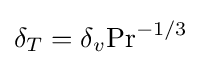
\delta _{T}=\delta _{v}\mathrm {Pr} ^{-1/3}